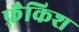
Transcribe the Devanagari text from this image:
फ़्रैकिश